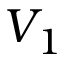
V _ { 1 }